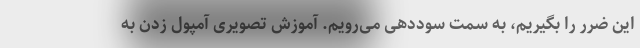
این ضرر را بگیریم، به سمت سوددهی می‌رویم. آموزش تصویری آمپول زدن به